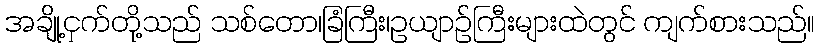
အချို့ငှက်တို့သည် သစ်တော၊ခြံကြီး၊ဥယျာဉ်ကြီးများထဲတွင် ကျက်စားသည်။